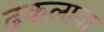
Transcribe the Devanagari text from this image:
ढकलावा